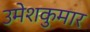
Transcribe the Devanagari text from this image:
उमेशकुमार